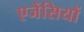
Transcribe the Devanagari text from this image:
एजेंसियों